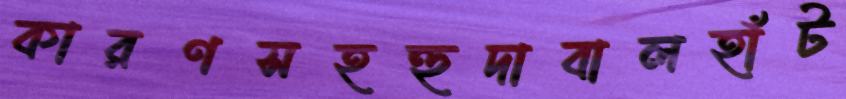
কারণসহহুদাবালহাঁট